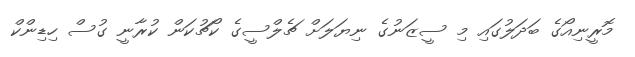
މޮރީނިއޯގެ ބަދަލުގައި މި ސީޒަނުގެ ނިޔަލަށް ޗެލްސީގެ ކޯޗުކަން ކުރާނީ ގުސް ހިޑިންކް